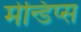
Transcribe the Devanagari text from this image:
मेन्डिप्स